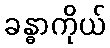
ခန္ဓာကိုယ်